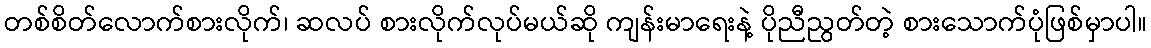
တစ်စိတ်လောက်စားလိုက်၊ ဆလပ် စားလိုက်လုပ်မယ်ဆို ကျန်းမာရေးနဲ့ ပိုညီညွတ်တဲ့ စားသောက်ပုံဖြစ်မှာပါ။